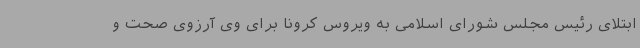
ابتلای رئیس مجلس شورای اسلامی به ویروس کرونا برای وی آرزوی صحت و